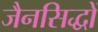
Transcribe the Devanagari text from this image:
जैनसिद्धों